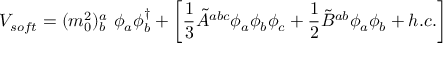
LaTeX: V _ { s o f t } = ( m _ { 0 } ^ { 2 } ) _ { b } ^ { a } ~ \phi _ { a } \phi _ { b } ^ { \dag } + \biggl [ \frac { 1 } { 3 } { \tilde { A } } ^ { a b c } \phi _ { a } \phi _ { b } \phi _ { c } + \frac { 1 } { 2 } { \tilde { B } } ^ { a b } \phi _ { a } \phi _ { b } + h . c . \biggr ]